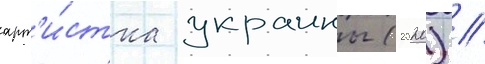
арт'и́стка украины (2020) //